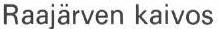
Raajärven kaivos